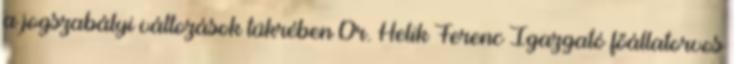
a jogszabályi változások tükrében Dr. Helik Ferenc Igazgató főállatorvos